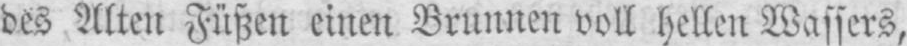
des Alten Füßen einen Brunnen voll hellen Wassers,